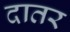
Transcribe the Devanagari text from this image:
दातर